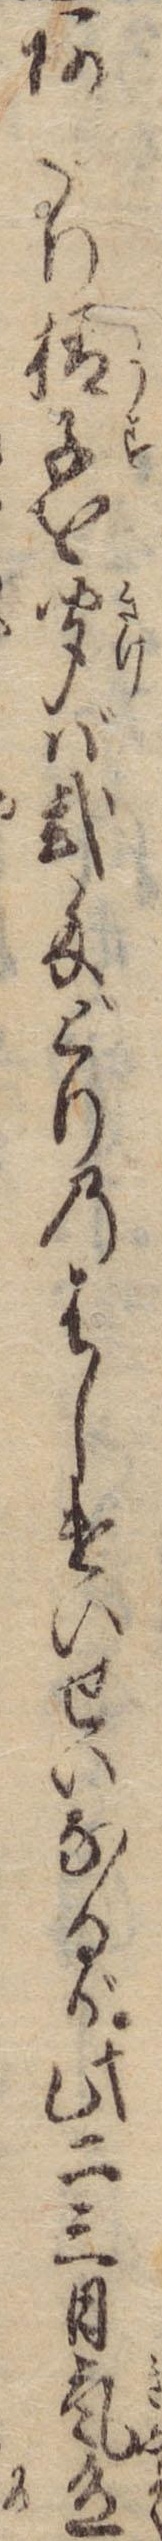
あたり様子を聞ば弐匁どりのはしけいせいなるが此二三日気色